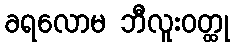
ခရလောမ ဘီလူးဝတ္ထု